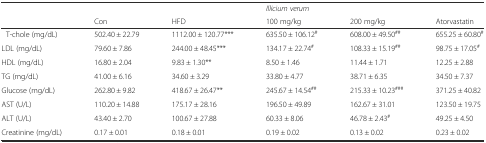
<table><thead><tr><td></td><td></td><td></td><td colspan="2"><b><i>Illicium verum</i></b></td><td></td></tr><tr><td></td><td><b>Con</b></td><td><b>HFD</b></td><td><b>100 mg/kg</b></td><td><b>200 mg/kg</b></td><td><b>Atorvastatin</b></td></tr></thead><tbody><tr><td>T-chole (mg/dL)</td><td>502.40 ± 22.79</td><td>1112.00 ± 120.77***</td><td>635.50 ± 106.12<sup>#</sup></td><td>608.00 ± 49.50<sup>##</sup></td><td>655.25 ± 60.80<sup>#</sup></td></tr><tr><td>LDL (mg/dL)</td><td>79.60 ± 7.86</td><td>244.00 ± 48.45***</td><td>134.17 ± 22.74<sup>#</sup></td><td>108.33 ± 15.19<sup>##</sup></td><td>98.75 ± 17.05<sup>#</sup></td></tr><tr><td>HDL (mg/dL)</td><td>16.80 ± 2.04</td><td>9.83 ± 1.30**</td><td>8.50 ± 1.46</td><td>11.44 ± 1.71</td><td>12.25 ± 2.88</td></tr><tr><td>TG (mg/dL)</td><td>41.00 ± 6.16</td><td>34.60 ± 3.29</td><td>33.80 ± 4.77</td><td>38.71 ± 6.35</td><td>34.50 ± 7.37</td></tr><tr><td>Glucose (mg/dL)</td><td>262.80 ± 9.82</td><td>418.67 ± 26.47**</td><td>245.67 ± 14.54<sup>##</sup></td><td>215.33 ± 10.23<sup>###</sup></td><td>371.25 ± 40.82</td></tr><tr><td>AST (U/L)</td><td>110.20 ± 14.88</td><td>175.17 ± 28.16</td><td>196.50 ± 49.89</td><td>162.67 ± 31.01</td><td>123.50 ± 19.75</td></tr><tr><td>ALT (U/L)</td><td>43.40 ± 2.70</td><td>100.67 ± 27.88</td><td>60.33 ± 8.06</td><td>46.78 ± 2.43<sup>#</sup></td><td>49.25 ± 4.50</td></tr><tr><td>Creatinine (mg/dL)</td><td>0.17 ± 0.01</td><td>0.18 ± 0.01</td><td>0.19 ± 0.02</td><td>0.13 ± 0.02</td><td>0.23 ± 0.02</td></tr></tbody></table>